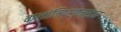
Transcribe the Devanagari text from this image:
क्लॉमिप्रामाइन